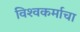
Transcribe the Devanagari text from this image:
विश्‍वकर्माचा